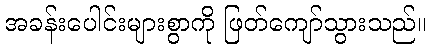
အခန်းပေါင်းများစွာကို ဖြတ်ကျော်သွားသည်။